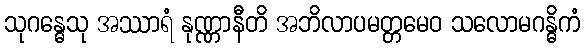
သုဂန္ဓေသု အဿာရံ နုဏ္ဏာနီတိ အဘိလာပမတ္တမေဝ သလောမဂန္ဓိကံ